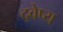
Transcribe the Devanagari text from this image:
द्वेष्य